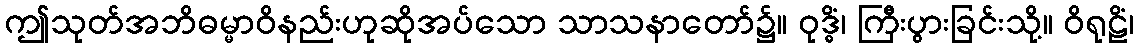
ဤသုတ်အဘိဓမ္မာဝိနည်းဟုဆိုအပ်သော သာသနာတော်၌။ ဝုဒ္ဓိံ၊ ကြီးပွားခြင်းသို့။ ဝိရုဠိံ၊